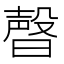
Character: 𣍆